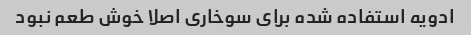
ادویه استفاده شده برای سوخاری اصلا خوش طعم نبود